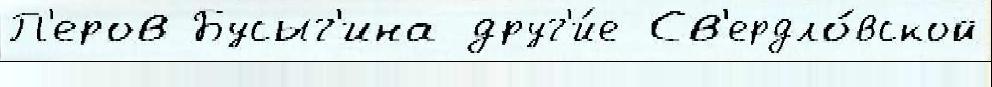
П'еров Бусыг'ина друг'и́е Св'ердло́вской